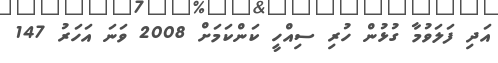
އަދި ފަލަވުމާ ގުޅުން ހުރި ސިއްހީ ކަންކަމަށް 2008 ވަނަ އަހަރު 147